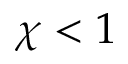
\chi < 1